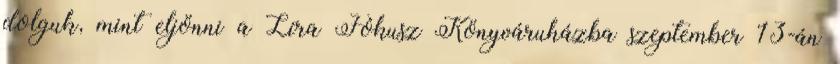
dolguk, mint eljönni a Líra Fókusz Könyváruházba szeptember 13-án